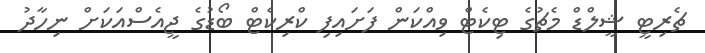
ޗެރިޓީ ޝީލްޑް މެޗުގެ ޓިކެޓް ވިއްކަން ފަށައިފި ކްރިކެޓް ބޯޑުގެ ޖީއެސްއަކަށް ނިހާދު